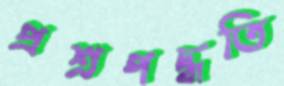
প্রশ্নপদ্ধতি